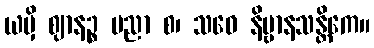
ယမှိ ဈာနဉ္စ ပညာ စ၊ သဝေ နိဗ္ဗာနသန္တိကေ။